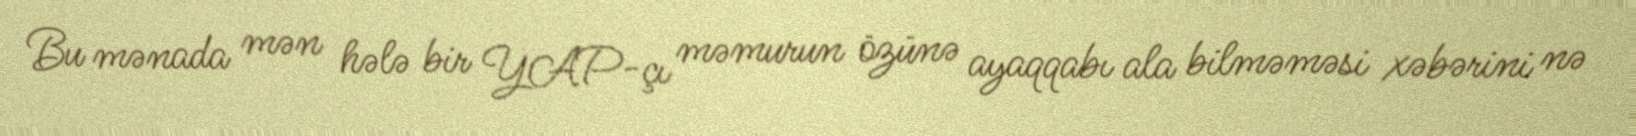
Bu mənada mən hələ bir YAP-çı məmurun özünə ayaqqabı ala bilməməsi xəbərini nə